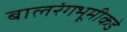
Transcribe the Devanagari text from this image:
बालरंगभूमीकडे